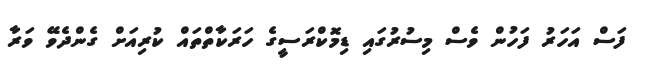
ފަސް އަހަރު ފަހުން ވެސް މިސުރުގައި ޑިމޮކްރަސީގެ ހަރަކާތްތައް ކުރިއަށް ގެންދެވޭ ވަރާ